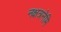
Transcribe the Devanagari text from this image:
नक्षत्रनेमि